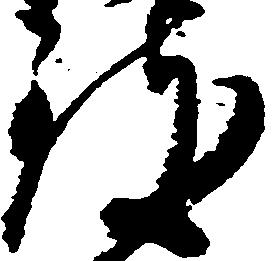
致